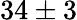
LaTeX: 34\pm 3